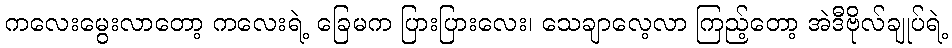
ကလေးမွေးလာတော့ ကလေးရဲ့ ခြေမက ပြားပြားလေး၊ သေချာလေ့လာ ကြည့်တော့ အဲဒီဗိုလ်ချုပ်ရဲ့